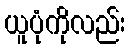
ယူပုံကိုလည်း